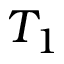
T _ { 1 }